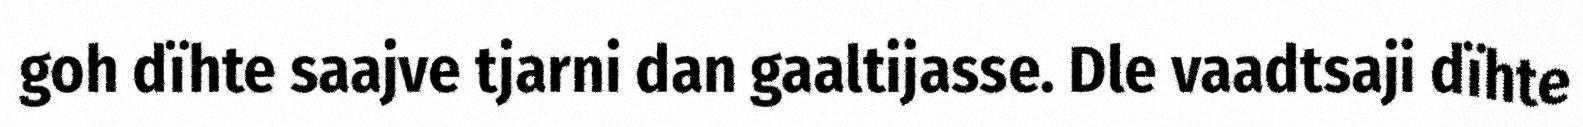
goh dïhte saajve tjarni dan gaaltijasse. Dle vaadtsaji dïhte